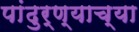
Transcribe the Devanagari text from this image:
पांढुर्ण्याच्या